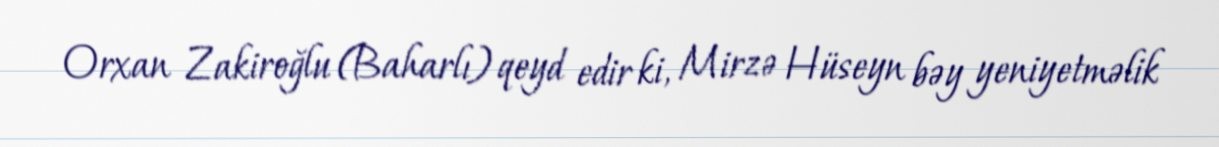
Orxan Zakiroğlu (Baharlı) qeyd edir ki, Mirzə Hüseyn bəy yeniyetməlik